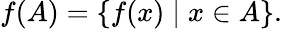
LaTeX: f(A)=\{ f(x)\mid x\in A\} .